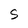
Character: S